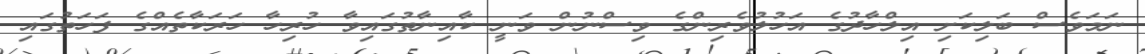
ނަމަވެސް ބަލިކަށި އިލްހާދުގެ އަހުލުވެރިންގެ ވިސްނުން ވަނީ ކާއިނާތުގައިވާ ހުރިހާ ހަރަކާތެއްގެ ފަހަތުގައި